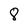
Character: 8